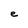
Character: e